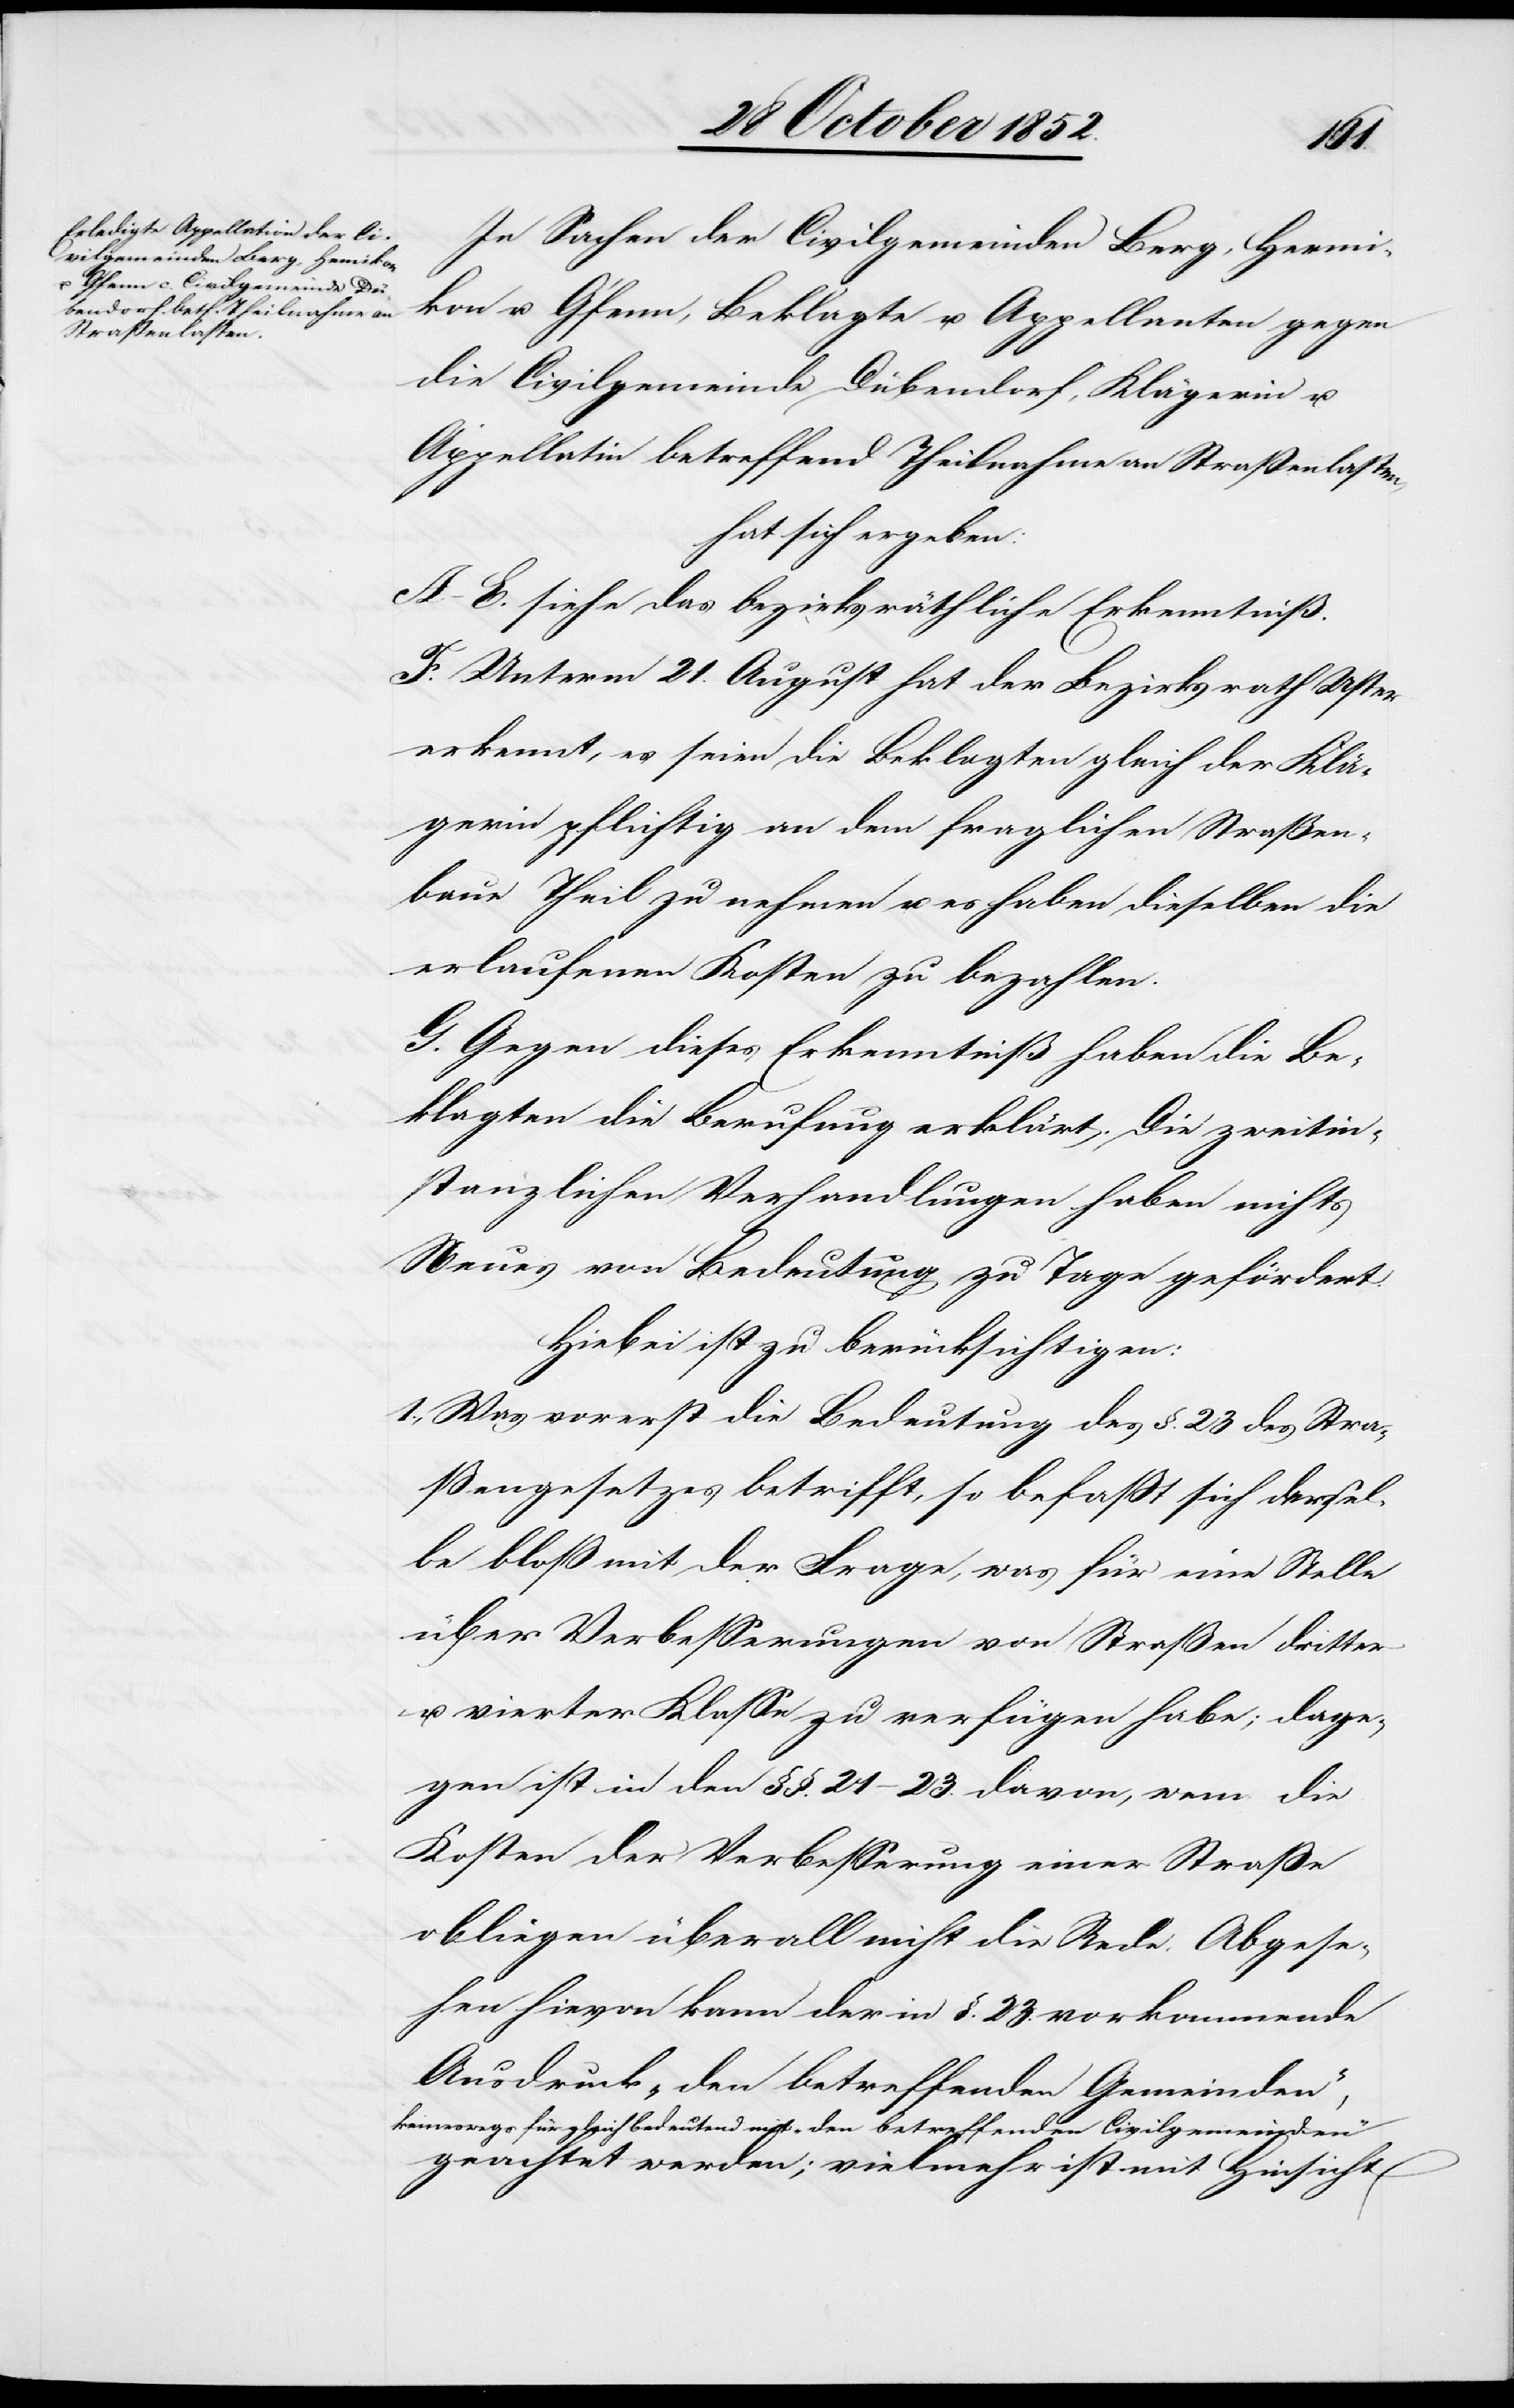
In Sachen der Civilgemeinden Berg, Hermi¬
kon u. G’fenn, Beklagte u. Appellanten gegen
die Civilgemeinde Dübendorf, Klägerin u.
Appellatin betreffend Theilnahme an Straßenlasten,
hat sich ergeben:
A.–E. siehe das bezirksräthliche Erkenntniß.
F. Unterm 21. August hat der Bezirksrath Uster
erkennt, es seien die Beklagten gleich der Klä¬
gerin pflichtig an dem fraglichen Straßen¬
baue Theil zu nehmen u. es haben dieselben die
erlaufenen Kosten zu bezahlen.
G. Gegen dieses Erkenntniß haben die Be¬
klagten die Berufung erklärt. Die zweitin¬
stanzlichen Verhandlungen haben nichts
Neues von Bedeutung zu Tage gefördert.
Hiebei ist zu berücksichtigen:
Was vorerst die Bedeutung des §. 23 des Stra¬
ßengesetzes betrifft, so befaßt sich dersel¬
be bloss mit der Frage, was für eine Stelle
über Verbesserungen von Straßen dritter
u. vierter Klasse zu verfügen habe; dage¬
gen ist in den §§. 21–23. davon, wem die
Kosten der Verbesserung einer Straße
obliegen überall nicht die Rede. Abgese¬
hen hievon kann der in §. 23. vorkommende
Ausdruck „den betreffenden Gemeinden“,
keineswegs für gleich bedeutend mit „den betreffenden Civilgemeinden“
geachtet werden; vielmehr ist mit Hinsicht